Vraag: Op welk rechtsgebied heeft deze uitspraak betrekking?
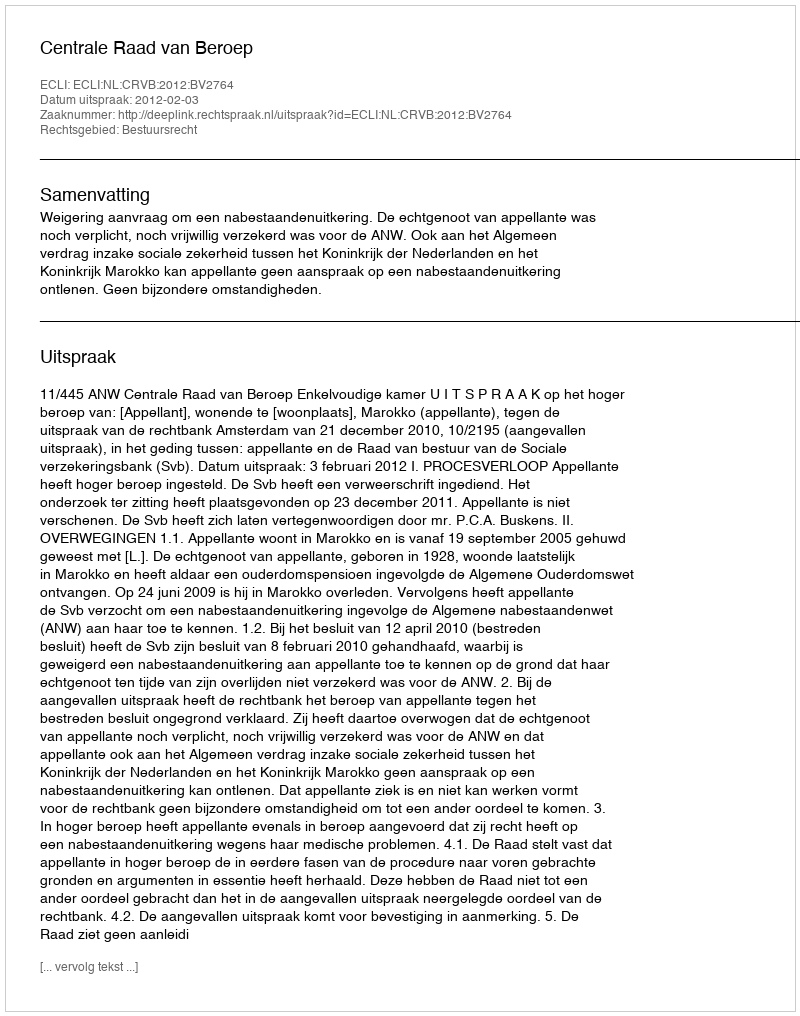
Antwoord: Bestuursrecht